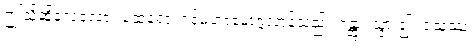
ဤသို့ဆိုလေလော့။ ထေရော၊ ရှင်မဟာမောဂ္ဂလာန်သည်။ ဂန္တွာ၊ သွား၍။ ဝံသဿ၊